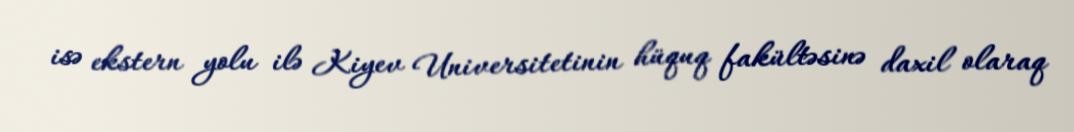
isə ekstern yolu ilə Kiyev Universitetinin hüquq fakültəsinə daxil olaraq